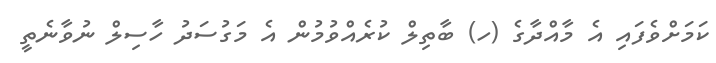
ކަމަށްވެފައި އެ މާއްދާގެ (ހ) ބާތިލް ކުރެއްވުމުން އެ މަގުސަދު ހާސިލް ނުވާނެތީ